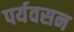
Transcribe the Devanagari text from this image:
पर्यवसन